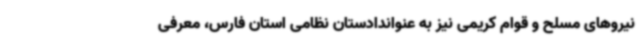
نیروهای مسلح و قوام کریمی نیز به عنواندادستان نظامی استان فارس، معرفی